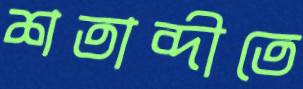
শতাব্দীতে